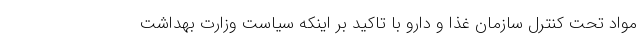
مواد تحت کنترل سازمان غذا و دارو با تاکید بر اینکه سیاست وزارت بهداشت